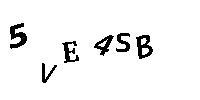
5VE4SB